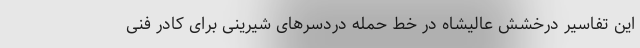
این تفاسیر درخشش عالیشاه در خط حمله دردسر‌های شیرینی برای کادر فنی